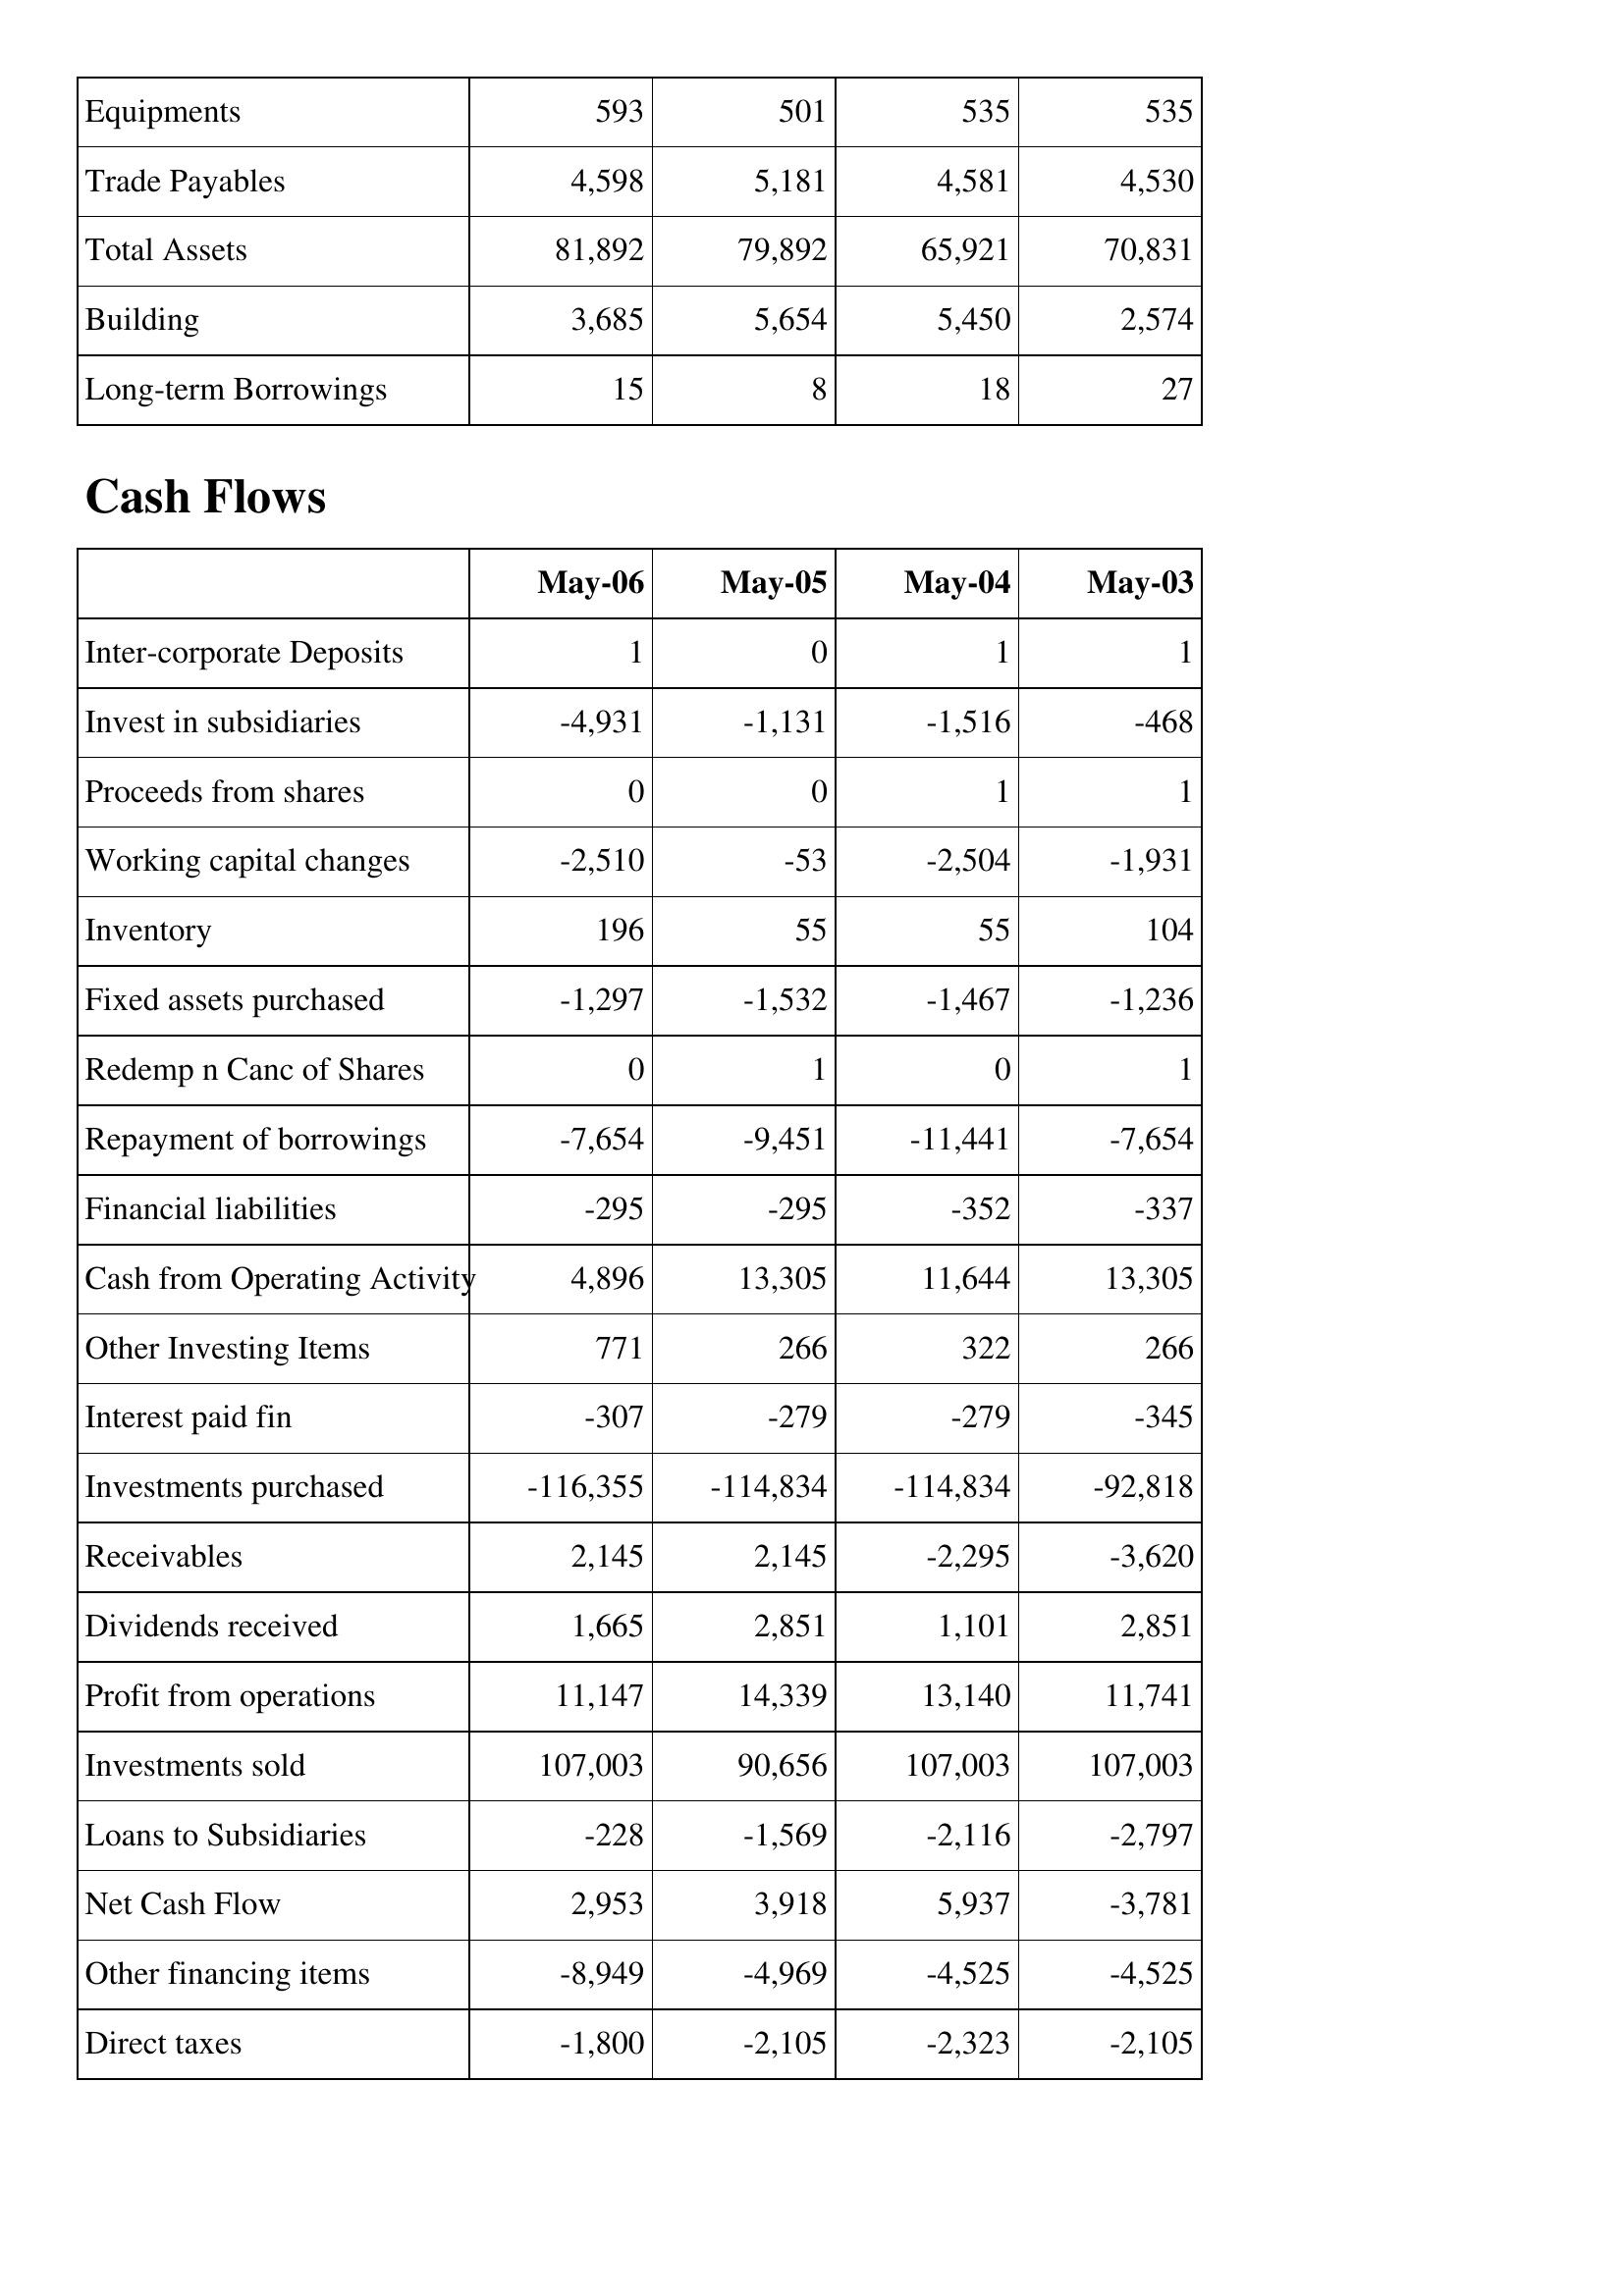
May-06: Balance Sheet: Equipments: 593
Trade Payables: 4,598
Total Assets: 81,892
Building: 3,685
Long-term Borrowings: 15
Cash Flows: Inter-corporate Deposits: 1
Invest in subsidiaries: -4,931
Proceeds from shares: 0
Working capital changes: -2,510
Inventory: 196
Fixed assets purchased: -1,297
Redemp n Canc of Shares: 0
Repayment of borrowings: -7,654
Financial liabilities: -295
Cash from Operating Activity: 4,896
Other Investing Items: 771
Interest paid fin: -307
Investments purchased: -116,355
Receivables: 2,145
Dividends received: 1,665
Profit from operations: 11,147
Investments sold: 107,003
Loans to Subsidiaries: -228
Net Cash Flow: 2,953
Other financing items: -8,949
Direct taxes: -1,800
May-05: Balance Sheet: Equipments: 501
Trade Payables: 5,181
Total Assets: 79,892
Building: 5,654
Long-term Borrowings: 8
Cash Flows: Inter-corporate Deposits: 0
Invest in subsidiaries: -1,131
Proceeds from shares: 0
Working capital changes: -53
Inventory: 55
Fixed assets purchased: -1,532
Redemp n Canc of Shares: 1
Repayment of borrowings: -9,451
Financial liabilities: -295
Cash from Operating Activity: 13,305
Other Investing Items: 266
Interest paid fin: -279
Investments purchased: -114,834
Receivables: 2,145
Dividends received: 2,851
Profit from operations: 14,339
Investments sold: 90,656
Loans to Subsidiaries: -1,569
Net Cash Flow: 3,918
Other financing items: -4,969
Direct taxes: -2,105
May-04: Balance Sheet: Equipments: 535
Trade Payables: 4,581
Total Assets: 65,921
Building: 5,450
Long-term Borrowings: 18
Cash Flows: Inter-corporate Deposits: 1
Invest in subsidiaries: -1,516
Proceeds from shares: 1
Working capital changes: -2,504
Inventory: 55
Fixed assets purchased: -1,467
Redemp n Canc of Shares: 0
Repayment of borrowings: -11,441
Financial liabilities: -352
Cash from Operating Activity: 11,644
Other Investing Items: 322
Interest paid fin: -279
Investments purchased: -114,834
Receivables: -2,295
Dividends received: 1,101
Profit from operations: 13,140
Investments sold: 107,003
Loans to Subsidiaries: -2,116
Net Cash Flow: 5,937
Other financing items: -4,525
Direct taxes: -2,323
May-03: Balance Sheet: Equipments: 535
Trade Payables: 4,530
Total Assets: 70,831
Building: 2,574
Long-term Borrowings: 27
Cash Flows: Inter-corporate Deposits: 1
Invest in subsidiaries: -468
Proceeds from shares: 1
Working capital changes: -1,931
Inventory: 104
Fixed assets purchased: -1,236
Redemp n Canc of Shares: 1
Repayment of borrowings: -7,654
Financial liabilities: -337
Cash from Operating Activity: 13,305
Other Investing Items: 266
Interest paid fin: -345
Investments purchased: -92,818
Receivables: -3,620
Dividends received: 2,851
Profit from operations: 11,741
Investments sold: 107,003
Loans to Subsidiaries: -2,797
Net Cash Flow: -3,781
Other financing items: -4,525
Direct taxes: -2,105